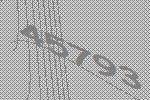
45793